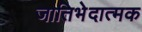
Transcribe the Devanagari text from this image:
जातिभेदात्मक